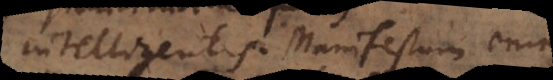
intelligentis. Manifestum enim